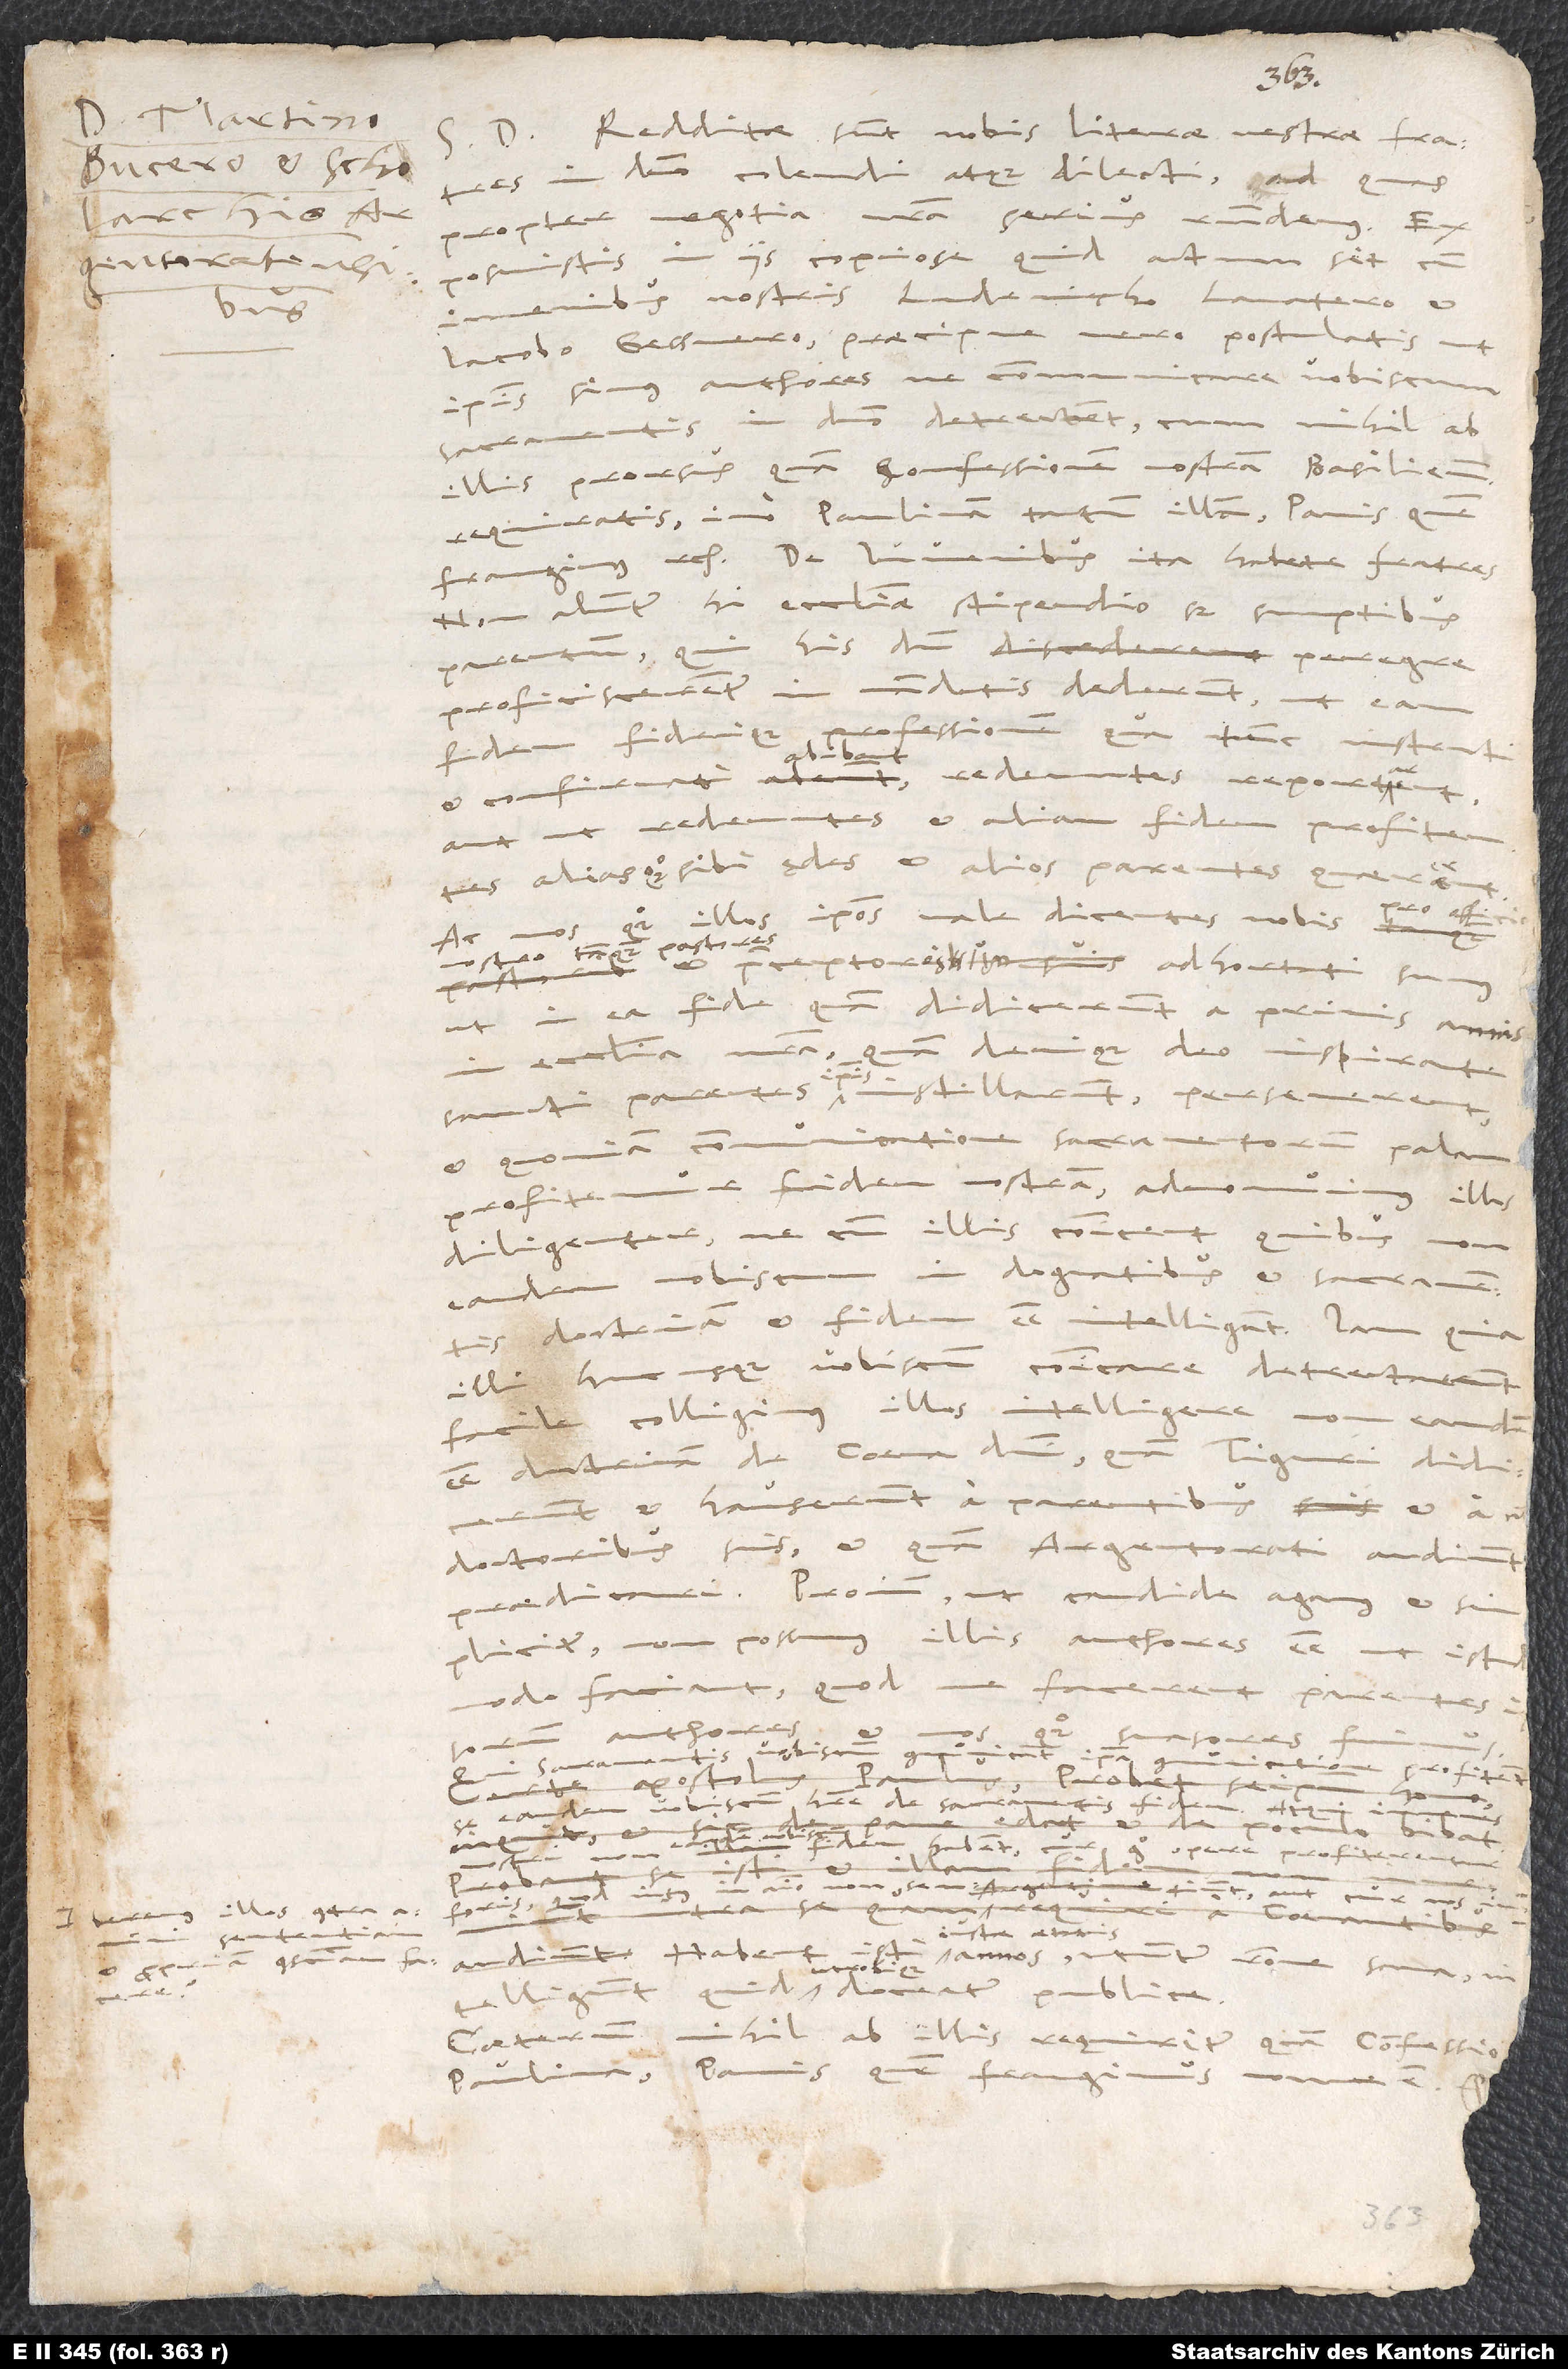
Martino
Bucero et scholarchis
iuberemus illos contra

Redditae sunt nobis literae vestrae, fratres
in domino colendi atque dilecti, ad quas
propter negotia nostra serius respondemus.
Exposuistis in iis copiose, quid actum sit cum
iuvenibus nostris Ludevicho Lavatero et
Iacobo Gessnero; praecipue vero postulatis,
ipsis simus authores, ne communicare vobiscum
sacramentis in domino detrectent, cum nihil ab
illis prorsus quam confessionem nostram Basiliensem
requiratis, imo Paulinam tantum illam: "Panem quem
Non aluntur hi ecclesiae stipendio sed sumptibus
parentum, qui his, dum peregre
proficiscerentur, in mandatis dederunt ut eam
fidem fideique professionem, qua tunc instructi
et confirmati abibant, redeuntes reportarent,
aut ut redeuntes et aliam fidem profitentes
alias quoque sibi ędes et alios parentes quaererent.
nos quoque illos ipsos valedicentes nobis
nostro tanquam pastores
S.
et praeceptores adhortati sumus,
ut in ea fide, quam didicerunt a primis annis
denique deo inspirante
in ecclesia nostra,
sancti parentes ipsis instillarunt, perseverent,
et quoniam communicatione sacramentorum palam
profitemur fidem nostram, admonuimus
diligenter, ne cum illis communicent, quibus non
in dogmatibus et sacramentis
doctrinam et fidem esse intelligant. Iam quia
illi hucusque vobiscum communicare detrectarunt,
facile colligimus illos intelligere, non eandem
esse doctrinam de coena domini, quam Tiguri didicerunt
et hauserunt a parentibus et a nobis
doctoribus suis et quam Argentorati audiunt
praedicari. Proinde, ut candide agamus et
simpliciter, non possumus illis authores esse ut istud
modo faciant, quod ne facerent parentes
communicatione profitentur,
Qui sacramentis
se eandem vobiscum habere de sacramentis
fidem habent; cur ergo opere profiterentur
in animo non sentiunt? Aut cur nos
iustae aetatis
annos, utuntur ratione sana,
intelligunt quid utrobique doceatur publice.
Caeterum nihil ab illis requiritur quam confessione
Paulina: "Panis quem frangimus nonne est"

.